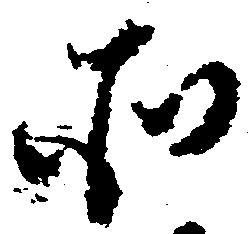
そ